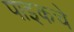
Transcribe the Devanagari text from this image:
पाइकचे